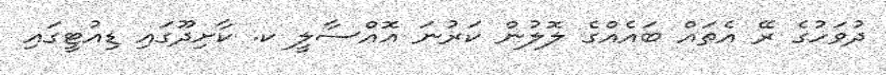
ދުވަހުގެ ރޭ އެތައް ބައެއްގެ ލޮލުން ކަރުނަ އޮއްސާލީ ކ. ކާށިދޫގައި ޑިއުޓީގައި